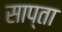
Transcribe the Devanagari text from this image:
साप्ता